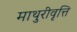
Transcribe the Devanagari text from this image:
माथुरीवृत्ति